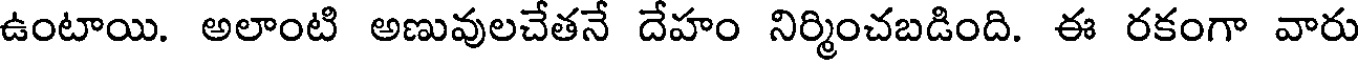
ఉంటాయి. అలాంటి అణువులచేతనే దేహం నిర్మించబడింది. ఈ రకంగా వారు